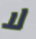
لا